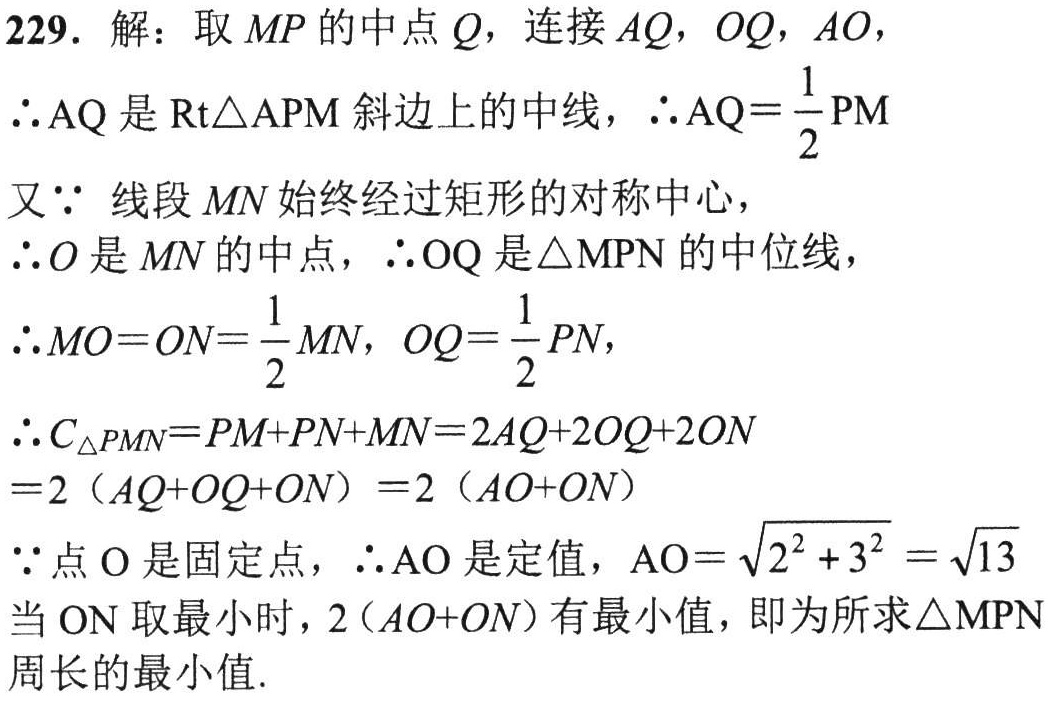
229. 解：取 \(MP\) 的中点 \(Q\)，连接 \(AQ\)，\(OQ\)，\(AO\)，

\(\therefore AQ\) 是 \(Rt\triangle APM\) 斜边上的中线，\(\therefore AQ = \frac{1}{2}PM\)

又 \(\because\) 线段 \(MN\) 始终经过矩形的对称中心，

\(\therefore O\) 是 \(MN\) 的中点，\(\therefore OQ\) 是 \(\triangle MPN\) 的中位线，

\(\therefore MO = ON=\frac{1}{2}MN\)，\(OQ = \frac{1}{2}PN\)，

\(\therefore C_{\triangle PMN}=PM + PN+MN = 2AQ + 2OQ+2ON\)

\(=2(AQ + OQ+ON)=2(AO + ON)\)

\(\because\) 点 \(O\) 是固定点，\(\therefore AO\) 是定值，\(AO=\sqrt{2^{2}+3^{2}}=\sqrt{13}\)

当 \(ON\) 取最小时，\(2(AO + ON)\) 有最小值，即为所求 \(\triangle MPN\) 周长的最小值.